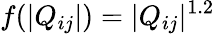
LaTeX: f(|Q_{ij}|)=|Q_{ij}|^{1.2}